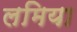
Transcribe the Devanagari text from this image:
लमिया